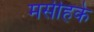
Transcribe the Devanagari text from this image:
मसीहके